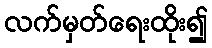
လက်မှတ်ရေးထိုး၍